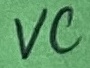
Text: VC